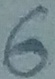
Text: 6